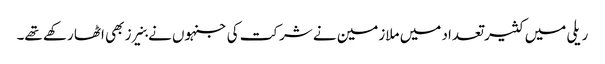
ریلی میں کثیر تعداد میں ملازمین نے شرکت کی جنہوں نے بنیرز بھی اٹھا رکھے تھے۔